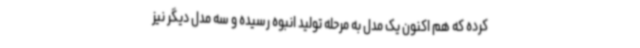
کرده که هم اکنون یک مدل به مرحله تولید انبوه رسیده و سه مدل دیگر نیز